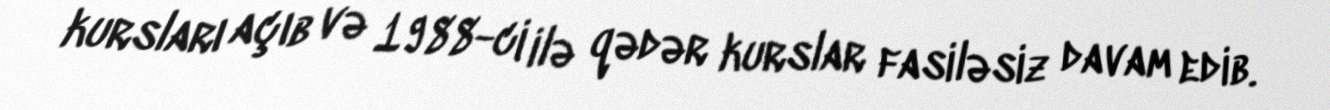
kursları açıb və 1988-ci ilə qədər kurslar fasiləsiz davam edib.